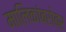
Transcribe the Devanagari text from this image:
मालिकांबरोबर